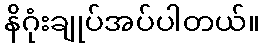
နိဂုံးချုပ်အပ်ပါတယ်။